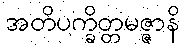
အတိပက္ခိတ္တမဇ္ဇာနိ